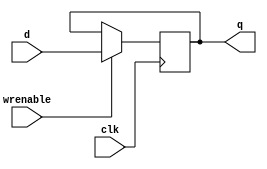
// Single-bit D Flip-Flop with enable
//   Positive edge triggered

module registerDFFmulti
(
output reg	q,
input		d,
input		wrenable,
input		clk
);

    always @(posedge clk) begin
        if(wrenable) begin
            q <= d;
        end
    end

endmodule

 module registerDFFPARA
#(parameter width =1)

 (
 output reg	[width-1:0] q,
 input [width-1:0]		d,
 input		wrenable,
 input		clk
 );

     always @(posedge clk) begin
         if(wrenable) begin
             q <= d;
         end
     end

 endmodule